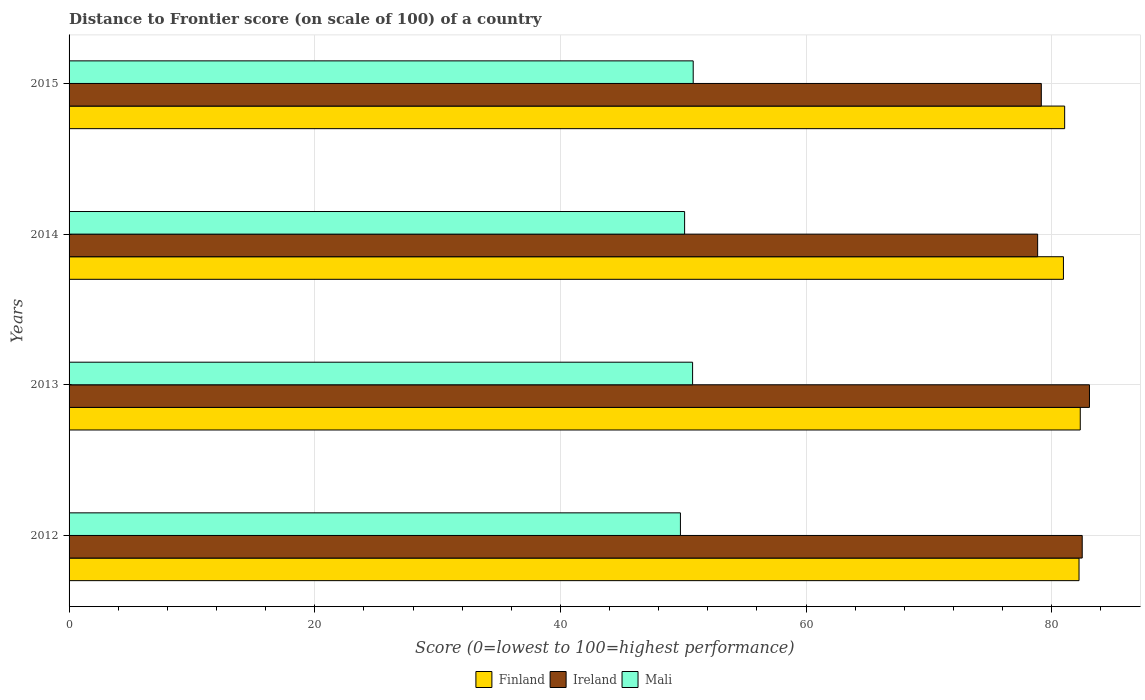
| Years | Finland | Ireland | Mali |
 | --- | --- | --- | --- |
 | 2012 | 82.2 | 82.5 | 49.8 |
 | 2013 | 82.3 | 83.1 | 50.8 |
 | 2014 | 81 | 78.8 | 50.1 |
 | 2015 | 81 | 79.2 | 50.8 |